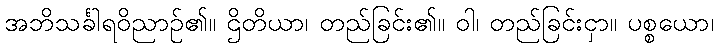
အဘိသင်္ခါရဝိညာဉ်၏။ ဌိတိယာ၊ တည်ခြင်း၏။ ဝါ၊ တည်ခြင်းငှာ။ ပစ္စယော၊